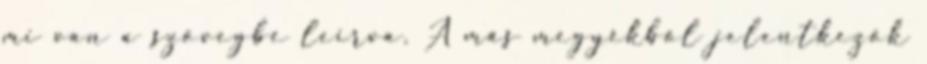
mi van a szövegbe leírva. A más megyékből jelentkezők